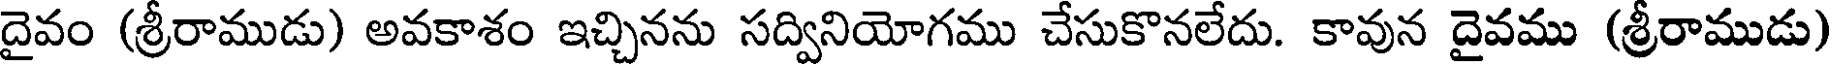
దైవం (శ్రీరాముడు) అవకాశం ఇచ్చినను సద్వినియోగము చేసుకొనలేదు. కావున దైవము (శ్రీరాముడు)